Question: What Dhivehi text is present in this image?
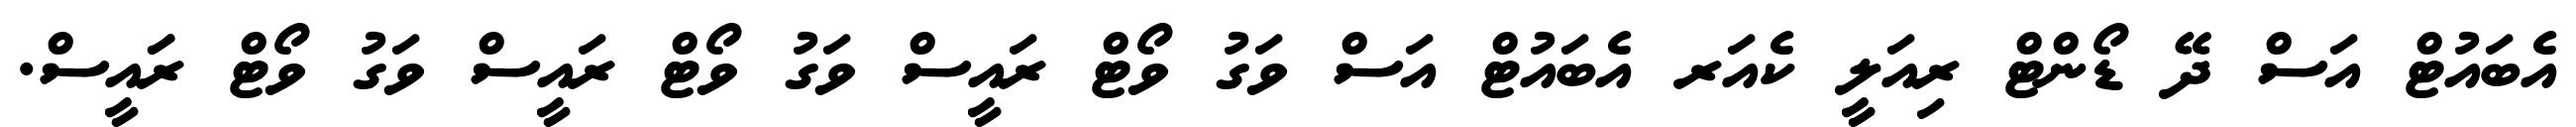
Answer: އެބައުޓް އަސް ދޭ ޑޯންޓް ރިއަލީ ކެއަރ އެބައުޓް އަސް ވަގު ވޯޓް ރައީސް ވަގު ވޯޓް ރައީސް ވަގު ވޯޓް ރަައީސް.